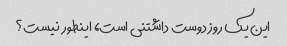
این یک روز دوست داشتنی است، اینطور نیست؟